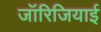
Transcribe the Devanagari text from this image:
जॉरिजियाई